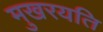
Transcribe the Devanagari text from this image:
मुखरयति